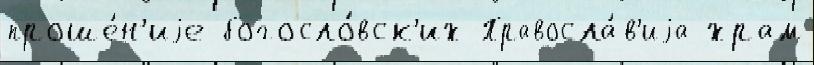
проше́н'иjе богосло́вск'их Правосла́в'иjа храм